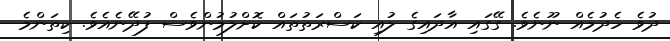
ދުވެ ހެދުމެއް ނޫނެވެ. ގޭގައި އާދައިގެ ލުއި ކަސްރަތުތައް ކޮށްލުމުންވެސް ފުދޭނެއެވެ. ކިތަންމެ